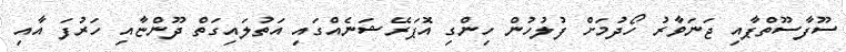
ސޫފާސޫތްޕާއި ޖަނަވާރު ހޯދުމަށް ފުލުހުން ހިންގި އޮޕަރޭޝަނެއްގައި އަތުލައިގަތް ދޫންޏާއި ހަރުފަ އާއި